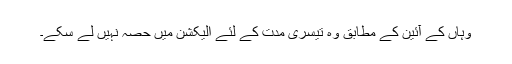
وہاں کے آئین کے مطابق وہ تیسری مدت کے لئے الیکشن میں حصہ نہیں لے سکے۔